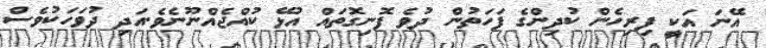
އޭނަ އަކީ ފިރިހެން ކުދިންގެ ފަހަތުން ދުވެ ފޮނިގޮތައް އުޅޭ ކުއްޖެއްނޫނެވެ.އަދި ދުވަހަކުވެސް